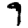
Digit: 9